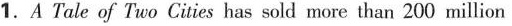
1.A Tale of Two Cties has sold more than 200 million